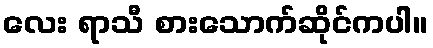
လေး ရာသီ စားသောက်ဆိုင်ကပါ။